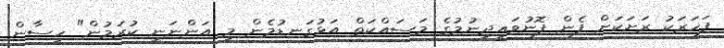
ފަހަރަކު ރަށަަކަށް ފެން ފޮނުވައިދިނުމުގެ މަސައްކަތް އަޅުގަނޑުމެން މި އަންނަނީ ކުރަމުން" ހިސާން